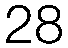
28